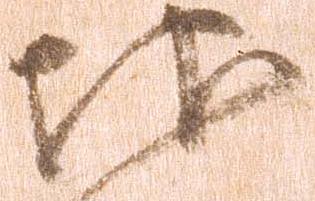
地